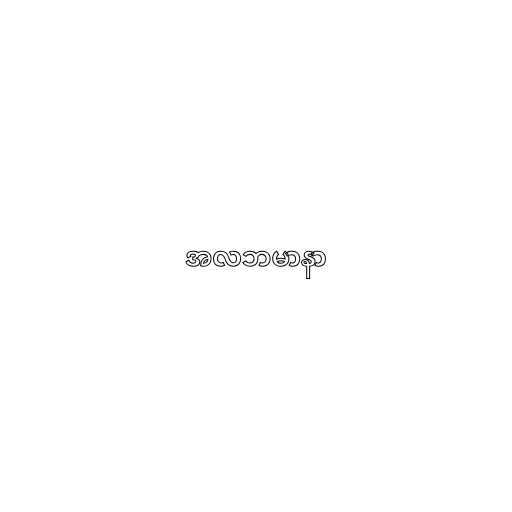
အလဘမာနာ